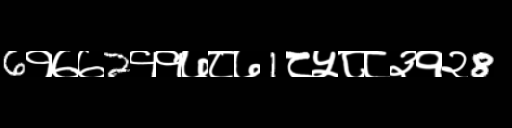
Text: 6१७७2११७८७1८५८८३१२8